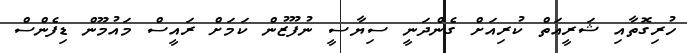
ހުރިގޮތާއި ޝަރީއަތް ކުރިއަށް ގެންދަނީ ސިޔާސީ ނުފޫޒުން ކަމަށް ރައީސް މައުމޫން ޑިފެންސް